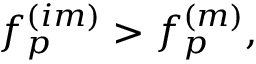
f _ { p } ^ { ( i m ) } > f _ { p } ^ { ( m ) } ,